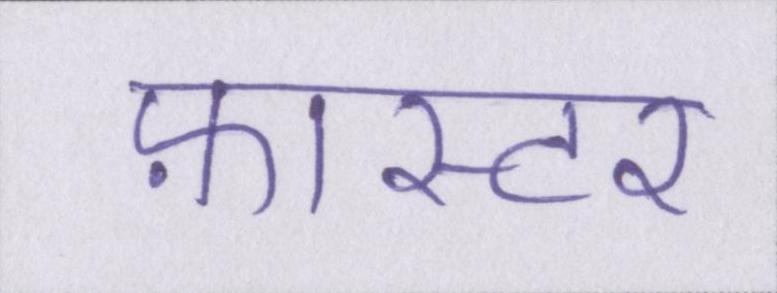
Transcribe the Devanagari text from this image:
फ़ास्टर